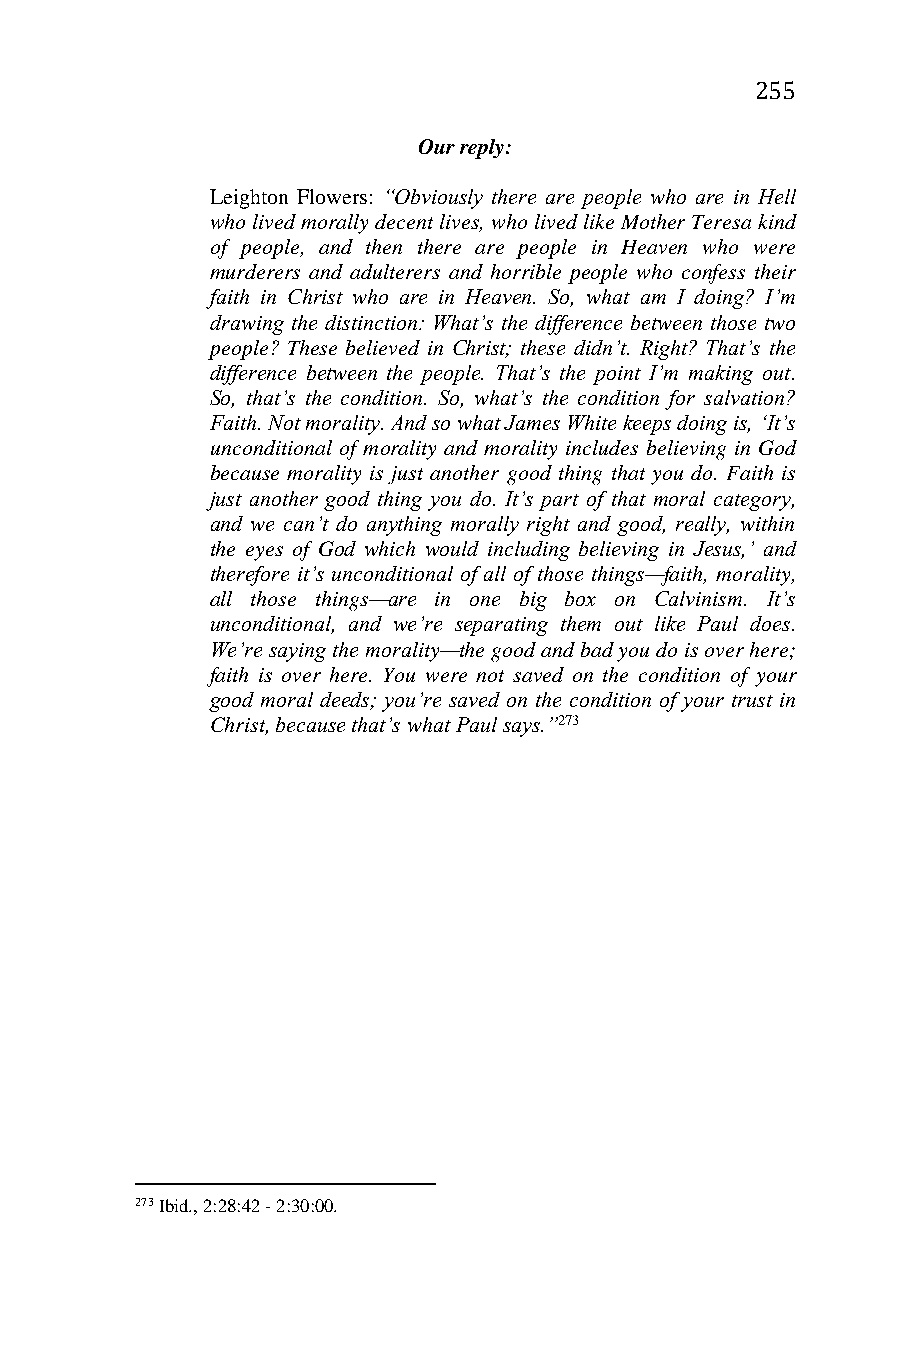
255
 Our reply:
 Leighton Flowers: “Obviously there are people who are in Hell
 who lived morally decent lives, who lived like Mother Teresa kind
 of people, and then there are people in Heaven who were
 murderers and adulterers and horrible people who confess their
 faith in Christ who are in Heaven. So, what am I doing? I’m
 drawing the distinction: What’s the difference between those two
 people? These believed in Christ; these didn’t. Right? That’s the
 difference between the people. That’s the point I’m making out.
 So, that’s the condition. So, what’s the condition for salvation?
 Faith. Not morality. And so what James White keeps doing is, ‘It’s
 unconditional of morality and morality includes believing in God
 because morality is just another good thing that you do. Faith is
 just another good thing you do. It’s part of that moral category,
 and we can’t do anything morally right and good, really, within
 the eyes of God which would including believing in Jesus,’ and
 therefore it’s unconditional of all of those things—faith, morality,
 all those things—are in one big box on Calvinism. It’s
 unconditional, and we’re separating them out like Paul does.
 We’re saying the morality—the good and bad you do is over here;
 faith is over here. You were not saved on the condition of your
 good moral deeds; you’re saved on the condition of your trust in
 Christ, because that’s what Paul says.”273
 273 Ibid., 2:28:42 - 2:30:00.